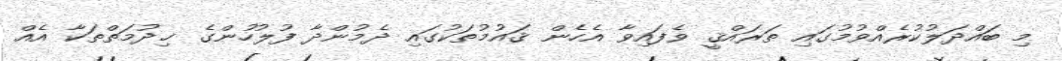
މި ބައްދަލުކުރެއްވުމުގައި ތަރައްޤީ ވެފައިވާ އެހެން ޤައުމުތަކުގައި ދެމުންދާ ފުލުހުންގެ ޚިދުމަތްތަކާ އެއް